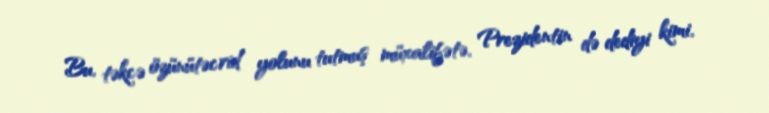
Bu, təkcə özünütəcrid yolunu tutmuş müxalifətə, Prezidentin də dediyi kimi,